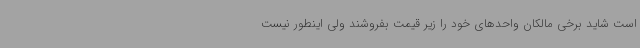
است شاید برخی مالکان واحدهای خود را زیر قیمت بفروشند ولی اینطور نیست